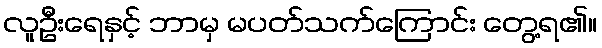
လူဦးရေနှင့် ဘာမှ မပတ်သက်ကြောင်း တွေ့ရ၏။